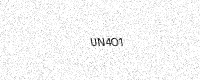
Text: UN4O1